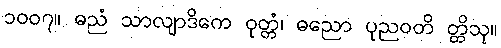
၁၀၀၇။ ဓညံ သာလျာဒိကေ ဝုတ္တံ၊ ဓညော ပုညဝတိ တ္တိသု။